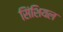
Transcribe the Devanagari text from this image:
सिंशियल